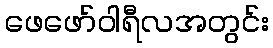
ဖေဖော်ဝါရီလအတွင်း